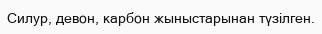
Силур, девон, карбон жыныстарынан түзілген.